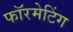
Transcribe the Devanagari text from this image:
फॉरमेटिंग